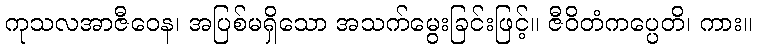
ကုသလအာဇီဝေန၊ အပြစ်မရှိသော အသက်မွေးခြင်းဖြင့်။ ဇီဝိတံကပ္ပေတိ၊ ကား။